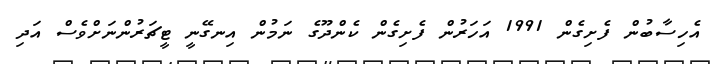
އެހިސާބުން ފެށިގެން 1991 އަހަރުން ފެށިގެން ކެންދޫގެ ނަމުން އިނގޭނީ ޓީޗަރުންނަށްވެސް އަދި